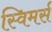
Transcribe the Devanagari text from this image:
स्विमर्स